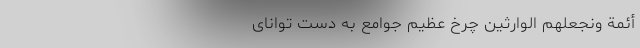
أَئِمَّةً وَنَجْعَلَهُمُ الْوَارِثِینَ چرخ عظیم جوامع به دست توانای